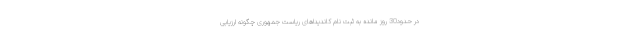
در حدود30 روز مانده به ثبت نام کاندیداهای ریاست جمهوری چگونه ارزیابی